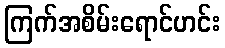
ကြက်အစိမ်းရောင်ဟင်း